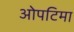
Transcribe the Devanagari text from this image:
ओपटिमा